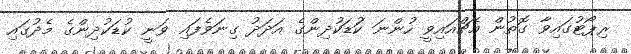
ރިޕޯޓުގައިވާ ގޮތުން އެޗްއައިވީ ހުންނަ ކުަޑަކުދިންގެ އަދަދު ގިނަވެފައި ވަނީ ކުޑަކުދިންގެ މެދުގައި